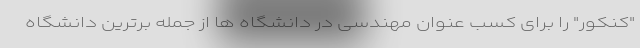
"کنکور" را برای کسب عنوان مهندسی در دانشگاه ها از جمله برترین دانشگاه